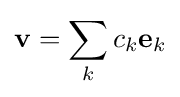
\mathbf {v} =\sum _{k}c_{k}\mathbf {e} _{k}